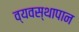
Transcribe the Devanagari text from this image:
व्यवस्थापान